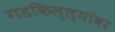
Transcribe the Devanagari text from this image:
गडकिल्ल्यांवर